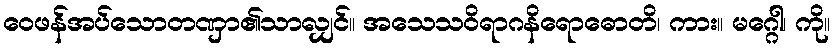
ဝေဖန်အပ်သောတဏှာ၏သာလျှင်။ အသေသဝိရာဂနိရောဓောတိ၊ ကား။ မဂ္ဂေါ၊ ကို။